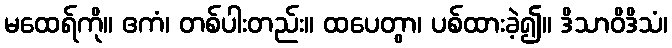
မထေရ်ကို။ ဧကံ၊ တစ်ပါးတည်း။ ထပေတွာ၊ ပစ်ထားခဲ့၍။ ဒိသာဝိဒိသံ၊